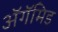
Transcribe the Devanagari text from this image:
ॲगॅमिड